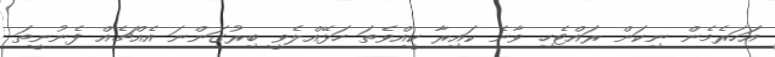
އަހަރެމެން ނިކަން ރައްޓެހި ވާނެ ކައިރާ ކީއްވެތަ ހަޅޭއްލެވީ ބިރުގަންނަ އެއްޗެއް ފެނުނީތަ